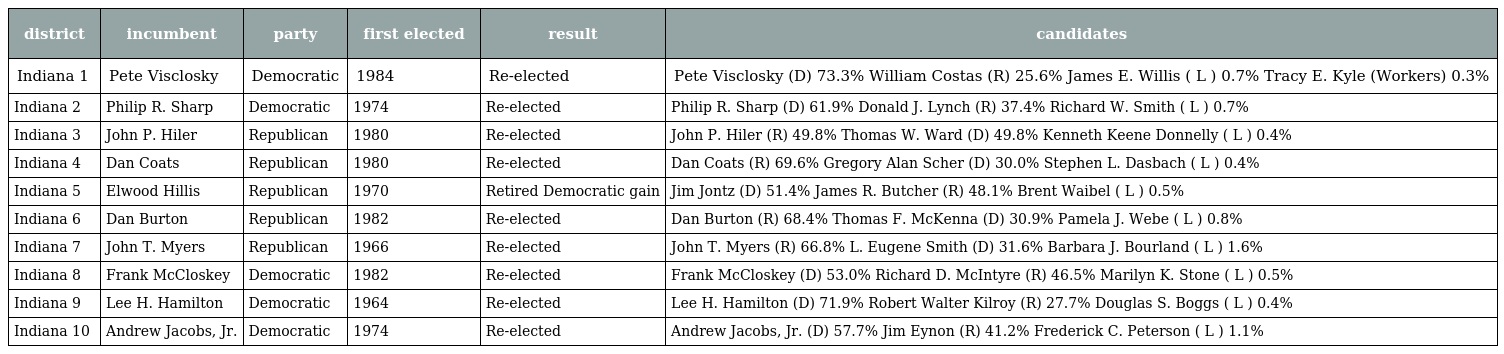
| district | incumbent | party | first elected | result | candidates |
 | --- | --- | --- | --- | --- | --- |
 | Indiana 1 | Pete Visclosky | Democratic | 1984 | Re-elected | Pete Visclosky (D) 73.3% William Costas (R) 25.6% James E. Willis ( L ) 0.7% Tracy E. Kyle (Workers) 0.3% |
 | Indiana 2 | Philip R. Sharp | Democratic | 1974 | Re-elected | Philip R. Sharp (D) 61.9% Donald J. Lynch (R) 37.4% Richard W. Smith ( L ) 0.7% |
 | Indiana 3 | John P. Hiler | Republican | 1980 | Re-elected | John P. Hiler (R) 49.8% Thomas W. Ward (D) 49.8% Kenneth Keene Donnelly ( L ) 0.4% |
 | Indiana 4 | Dan Coats | Republican | 1980 | Re-elected | Dan Coats (R) 69.6% Gregory Alan Scher (D) 30.0% Stephen L. Dasbach ( L ) 0.4% |
 | Indiana 5 | Elwood Hillis | Republican | 1970 | Retired Democratic gain | Jim Jontz (D) 51.4% James R. Butcher (R) 48.1% Brent Waibel ( L ) 0.5% |
 | Indiana 6 | Dan Burton | Republican | 1982 | Re-elected | Dan Burton (R) 68.4% Thomas F. McKenna (D) 30.9% Pamela J. Webe ( L ) 0.8% |
 | Indiana 7 | John T. Myers | Republican | 1966 | Re-elected | John T. Myers (R) 66.8% L. Eugene Smith (D) 31.6% Barbara J. Bourland ( L ) 1.6% |
 | Indiana 8 | Frank McCloskey | Democratic | 1982 | Re-elected | Frank McCloskey (D) 53.0% Richard D. McIntyre (R) 46.5% Marilyn K. Stone ( L ) 0.5% |
 | Indiana 9 | Lee H. Hamilton | Democratic | 1964 | Re-elected | Lee H. Hamilton (D) 71.9% Robert Walter Kilroy (R) 27.7% Douglas S. Boggs ( L ) 0.4% |
 | Indiana 10 | Andrew Jacobs, Jr. | Democratic | 1974 | Re-elected | Andrew Jacobs, Jr. (D) 57.7% Jim Eynon (R) 41.2% Frederick C. Peterson ( L ) 1.1% |